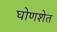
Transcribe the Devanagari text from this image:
घोणशेत